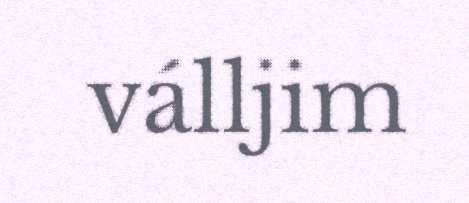
válljim